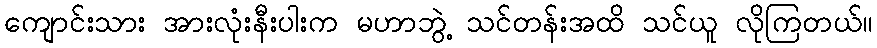
ကျောင်းသား အားလုံးနီးပါးက မဟာဘွဲ့ သင်တန်းအထိ သင်ယူ လိုကြတယ်။